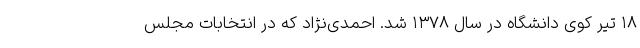
۱۸ تیر کوی دانشگاه در سال ۱۳۷۸ شد. احمدی‌نژاد که در انتخابات مجلس